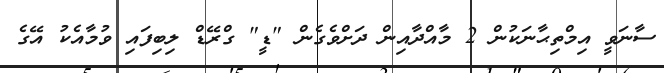
ސާނަވީ އިމްތިޙާނަކުން 2 މާއްދާއިން ދަށްވެގެން "ޑީ" ގްރޭޑް ލިބިފައި ވުމާއެކު އޭގެ